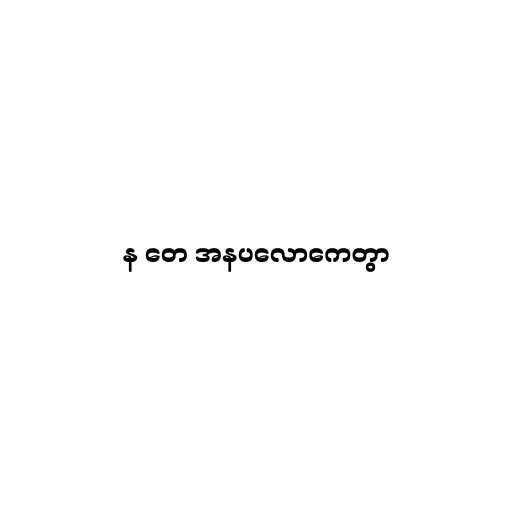
န တေ အနပလောကေတွာ